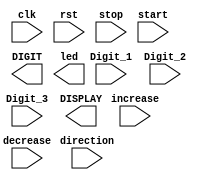
module lab4_2 ( 
    input wire clk,
    input wire rst,
    input wire Digit_1,
    input wire Digit_2,
    input wire Digit_3,
    input wire stop,
    input wire start,
    input wire increase,
    input wire decrease,
    input wire direction,
    output reg [3:0] DIGIT,
    output reg [6:0] DISPLAY,
    output reg [15:0] led
); 
    /* Note that output ports can be either reg or wire. 
    * It depends on how you design your module. */
    // add your design here

endmodule